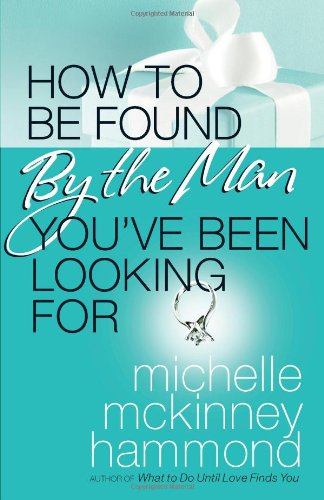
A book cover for How to Be Found by the Man You've Been Looking For; Michelle McKinney Hammond; Self-Help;